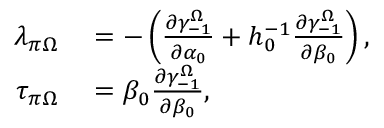
\begin{array} { r l } { \lambda _ { \pi \Omega } } & { { } = - \left( \frac { \partial \gamma _ { - 1 } ^ { \Omega } } { \partial \alpha _ { 0 } } + h _ { 0 } ^ { - 1 } \frac { \partial \gamma _ { - 1 } ^ { \Omega } } { \partial \beta _ { 0 } } \right) , } \\ { \tau _ { \pi \Omega } } & { { } = \beta _ { 0 } \frac { \partial \gamma _ { - 1 } ^ { \Omega } } { \partial \beta _ { 0 } } , } \end{array}